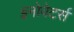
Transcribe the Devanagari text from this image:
इनोवेटर्स